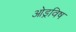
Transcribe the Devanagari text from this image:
ओड्रविष